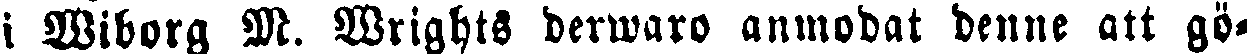
i Wiborg M. Wrights derwaro anmodat denne att gö-